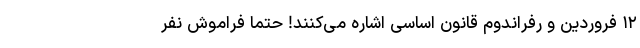
۱۲ فروردین و رفراندوم قانون اساسی اشاره می‌کنند! حتماً فراموش نفر